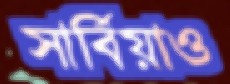
সার্বিয়াও